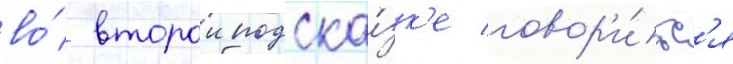
во́ второи подска́зк'е говор'и́тс'я